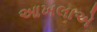
આખલાએ